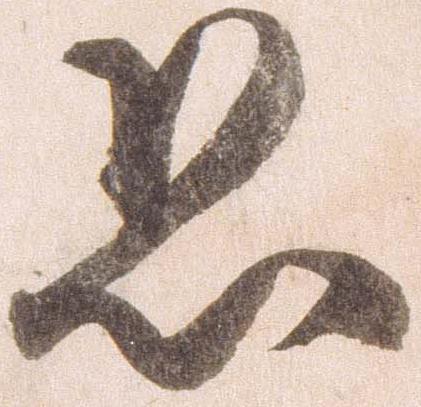
恐